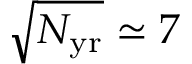
\sqrt { N _ { \mathrm { y r } } } \simeq 7